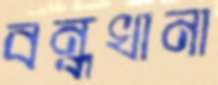
বন্ধখানা